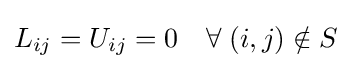
L_{ij}=U_{ij}=0\quad \forall \;(i,j)\notin S